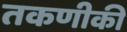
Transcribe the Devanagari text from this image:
तकणीकी